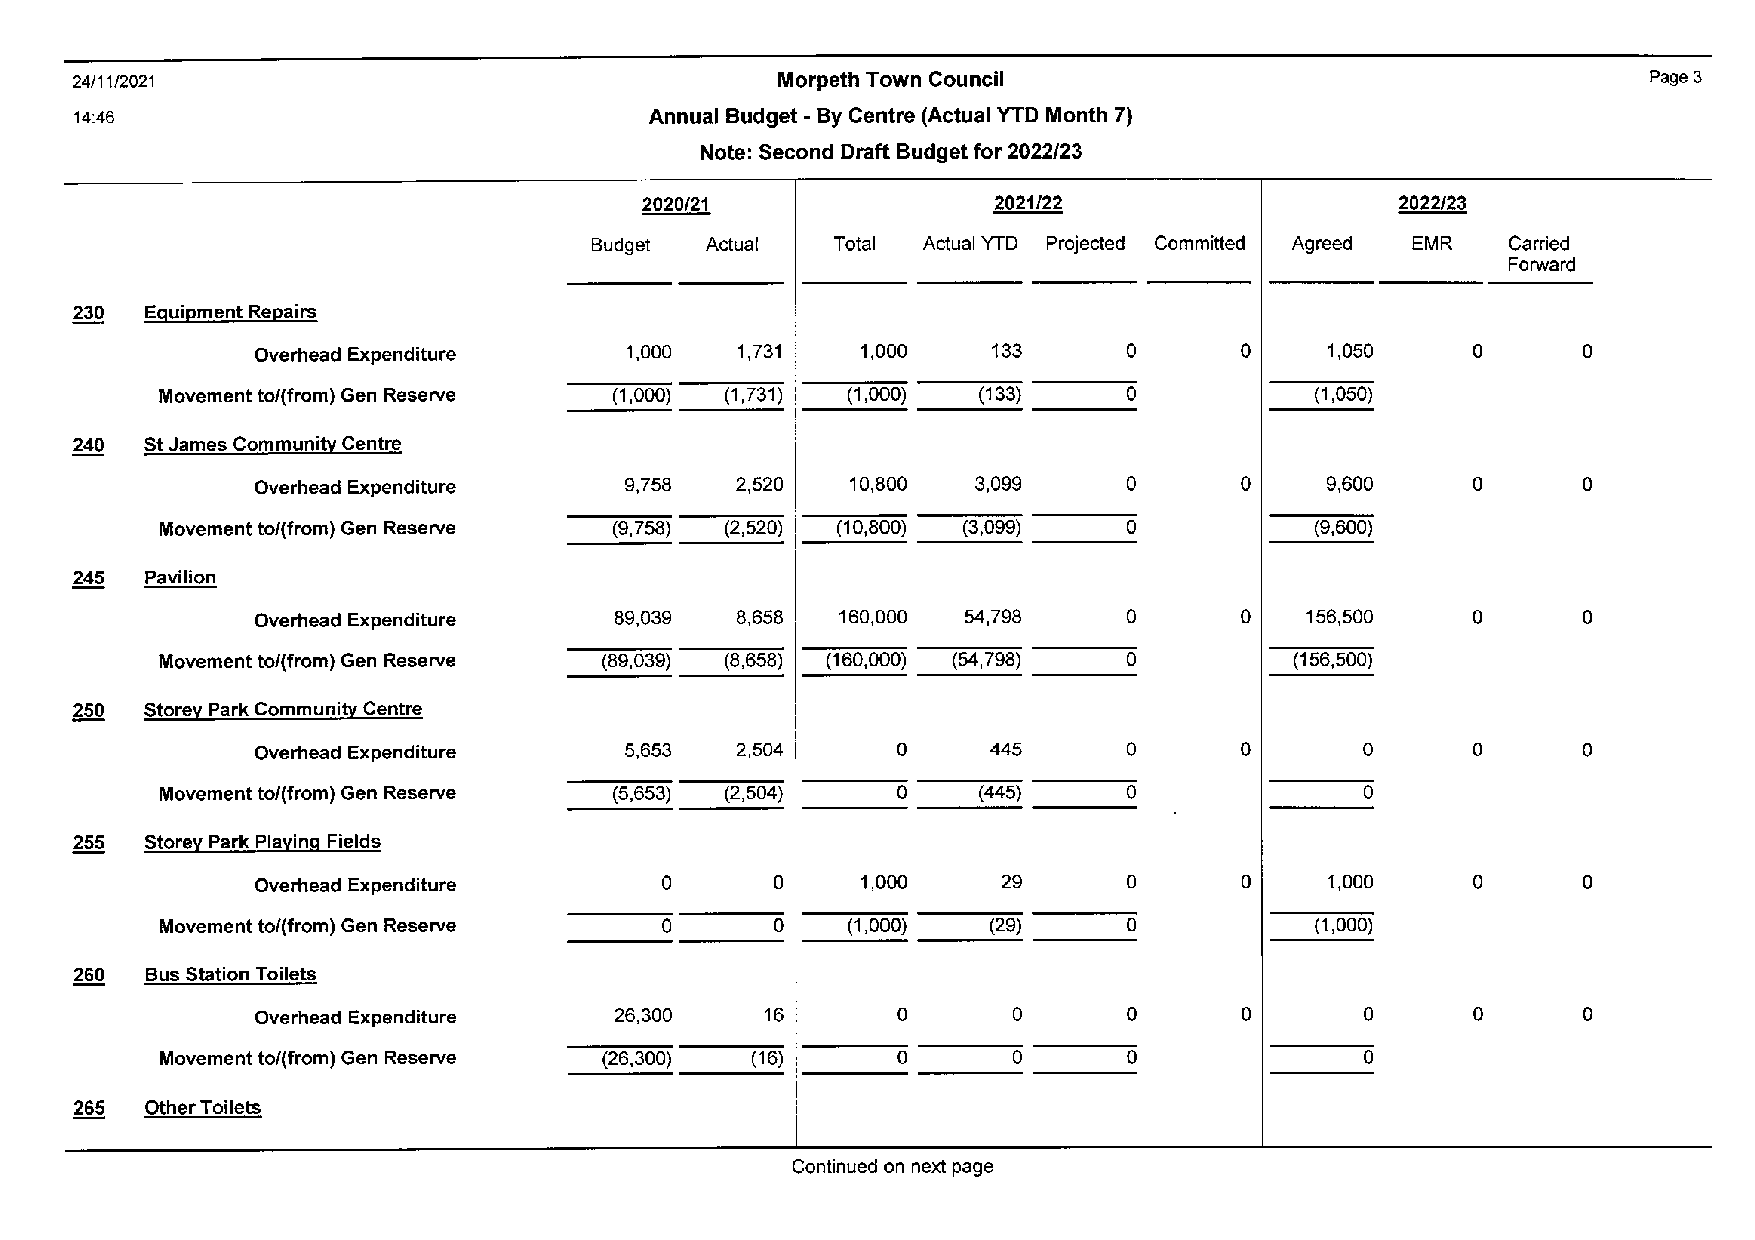
24/11/2021                                    Morpeth Town Council                                      Page 3
 14:46                                 Annual Budget -By Centre (Actual YTD Month 7)
 Note: Second Draft Budget for 2022/23
 2020/21                2021/22                    2022/23
 Budget  Actual  Total Actual YTD Projected Committed Agreed EMR Carried
 Forward
 230  Equipment Repairs
 a      a              a       a
 Overhead Expenditure    1,000   1,731   1,000    133                   1,050
 a
 Movement to/(from) Gen Reserve (1,000) (1,731) (1,000) (133)                (1,050)
 240  St James Communi!l! Centre
 a      a              a       a
 Overhead Expenditure    9,758   2,520  10,800   3,099                  9,600
 a
 Movement to/(from) Gen Reserve (9,758) (2,520) (10,800) (3,099)             (9,600)
 245  Pavilion
 a      a              a       a
 Overhead Expenditure    89,039  8,658  160,000 54,798                156,500
 a
 Movement to/(from) Gen Reserve (89,039) (8,658) (160,000) (54,798)         (156,500)
 250  Store~ Park Comm uni~ Centre
 a               a      a       a      a       a
 Overhead Expenditure    5,653   2,504            445
 a               a              a
 Movement to/(from) Gen Reserve (5,653) (2,504)        (445)
 255  Storey Park Playing Fields
 a      a                       a      a              a       a
 Overhead Expenditure                    1,000    29                    1,000
 a      a                       a
 Movement to/(from) Gen Reserve               (1,000)  (29)                  (1,000)
 260  Bus Station Toilets
 a       a       a      a       a      a       a
 Overhead Expenditure    26,300    16
 a       a       a              a
 Movement to/(from) Gen Reserve (26,300) (16)
 265  other Toilets
 Continued on next page